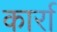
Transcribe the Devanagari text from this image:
कार्रा